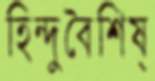
হিন্দুবৈশিষ্